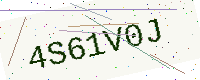
Text: 4S61V0J